Papaver somniferum - Opium : an extract from the sixth volume of the Dictionary of Economic Products of India
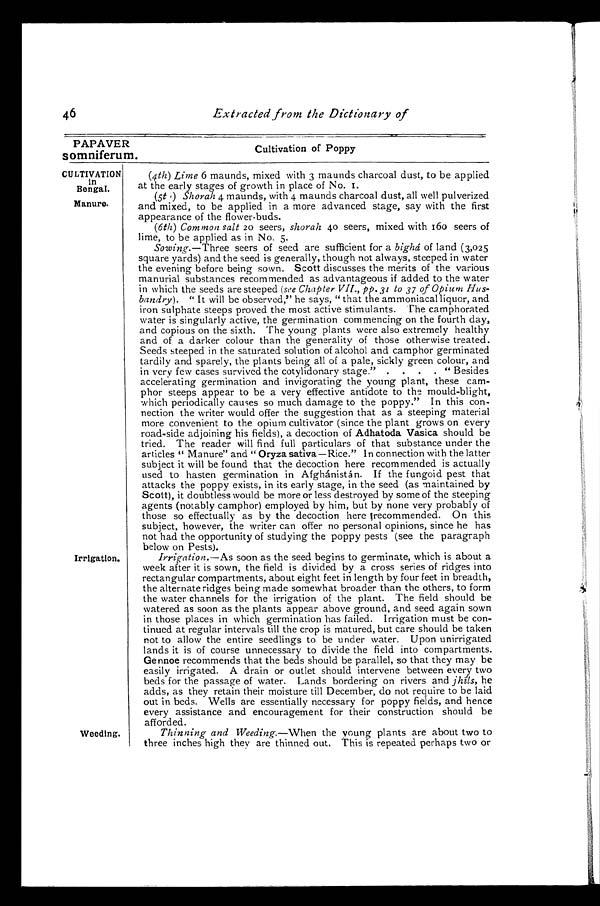
46
Extracted from the Dictionary of
PAPAVER
Cultivation of Poppy
somniferum.
CULTIVATION
i n B e n g a l .
Manure.
Irrigation.
Weeding.
(4th) Lime 6 maunds, mixed with 3 maunds charcoal dust, to be applied
at the early stages of growth in place of No. 1.
(5th) Shorah 4 maunds, with 4 maunds charcoal dust, all well pulverized
and mixed, to be applied in a more advanced stage, say with the first
appearance of the flower-buds.
(6th) Common salt 20 seers, shorah 40 seers, mixed with 160 seers of
lime, to be applied as in No. 5.
Sowing. —Three seers of seed are sufficient for a bighá of land (3,025
square yards) and the seed is generally, though not always, steeped in water
the evening before being sown. Scott discusses the merits of the various
manurial substances recommended as advantageous if added to the water
in which the seeds are steeped (see Chapter VII., pp. 31 to 37 of Opium Hus-
bandry). " It will be observed," he says, " that the ammoniacal liquor, and
iron sulphate steeps proved the most active stimulants. The camphorated
water is singularly active, the germination commencing on the fourth day,
and copious on the sixth. The young plants were also extremely healthy
and of a darker colour than the generality of those otherwise treated.
Seeds steeped in the saturated solution of alcohol and camphor germinated
tardily and sparely, the plants being all of a pale, sickly green colour, and
in very few cases survived the cotylidonary stage," . . . . " Besides
accelerating germination and invigorating the young plant, these cam-
phor steeps appear to be a very effective antidote to the mould-blight,
which periodically causes so much damage to the poppy." In this con-
nection the writer would offer the suggestion that as a steeping material
more convenient to the opium cultivator (since the plant grows on every
road-side adjoining his fields), a decoction of Adhatoda Vasica should be
tried. The reader will find full particulars of that substance under the
articles " Manure" and " Oryza sativa —Rice." In connection with the latter
subject it will be found that the decoction here recommended is actually
used to hasten germination in Afghánistán. If the fungoid pest that
attacks the poppy exists, in its early stage, in the seed (as maintained by
Scott), it doubtless would be more or less destroyed by some of the steeping
agents (notably camphor) employed by him, but by none very probably of
those so effectually as by the decoction here recommended. On this
subject, however, the writer can offer no personal opinions, since he has
not had the opportunity of studying the poppy pests (see the paragraph
below on Pests).
Irrigation. —As soon as the seed begins to germinate, which is about a
week after it is sown, the field is divided by a cross series of ridges into
rectangular compartments, about eight feet in length by four feet in breadth,
the alternate ridges being made somewhat broader than the others, to form
the water channels for the irrigation of the plant. The field should be
watered as soon as the plants appear above ground, and seed again sown
in those places in which germination has failed. Irrigation must be con-
tinued at regular intervals till the crop is matured, but care should be taken
not to allow the entire seedlings to be under water. Upon unirrigated
lands it is of course unnecessary to divide the field into compartments.
Gennoe recommends that the beds should be parallel, so that they may be
easily irrigated. A drain or outlet should intervene between every two
beds for the passage of water. Lands bordering on rivers and jhíls, he
adds, as they retain their moisture till December, do not require to be laid
out in beds. Wells are essentially necessary for poppy fields, and hence
every assistance and encouragement for their construction should be
afforded.
Thinning and Weeding. —When the young plants are about two to
three inches high they are thinned out. This is repeated perhaps two or